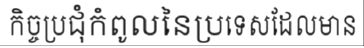
កិច្ចប្រជុំកំពូលនៃប្រទេសដែលមាន